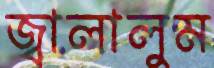
জ্বালালুম